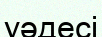
уәдесі